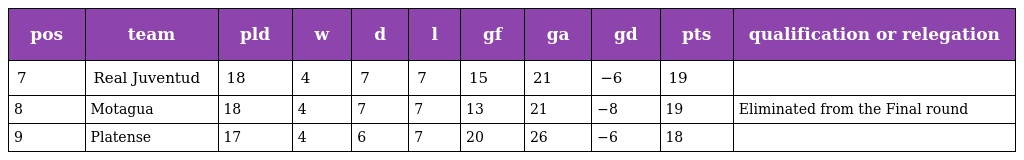
| pos | team | pld | w | d | l | gf | ga | gd | pts | qualification or relegation |
 | --- | --- | --- | --- | --- | --- | --- | --- | --- | --- | --- |
 | 7 | Real Juventud | 18 | 4 | 7 | 7 | 15 | 21 | −6 | 19 |  |
 | 8 | Motagua | 18 | 4 | 7 | 7 | 13 | 21 | −8 | 19 | Eliminated from the Final round |
 | 9 | Platense | 17 | 4 | 6 | 7 | 20 | 26 | −6 | 18 |  |